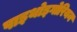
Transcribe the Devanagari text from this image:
पाइथोइगोरियन